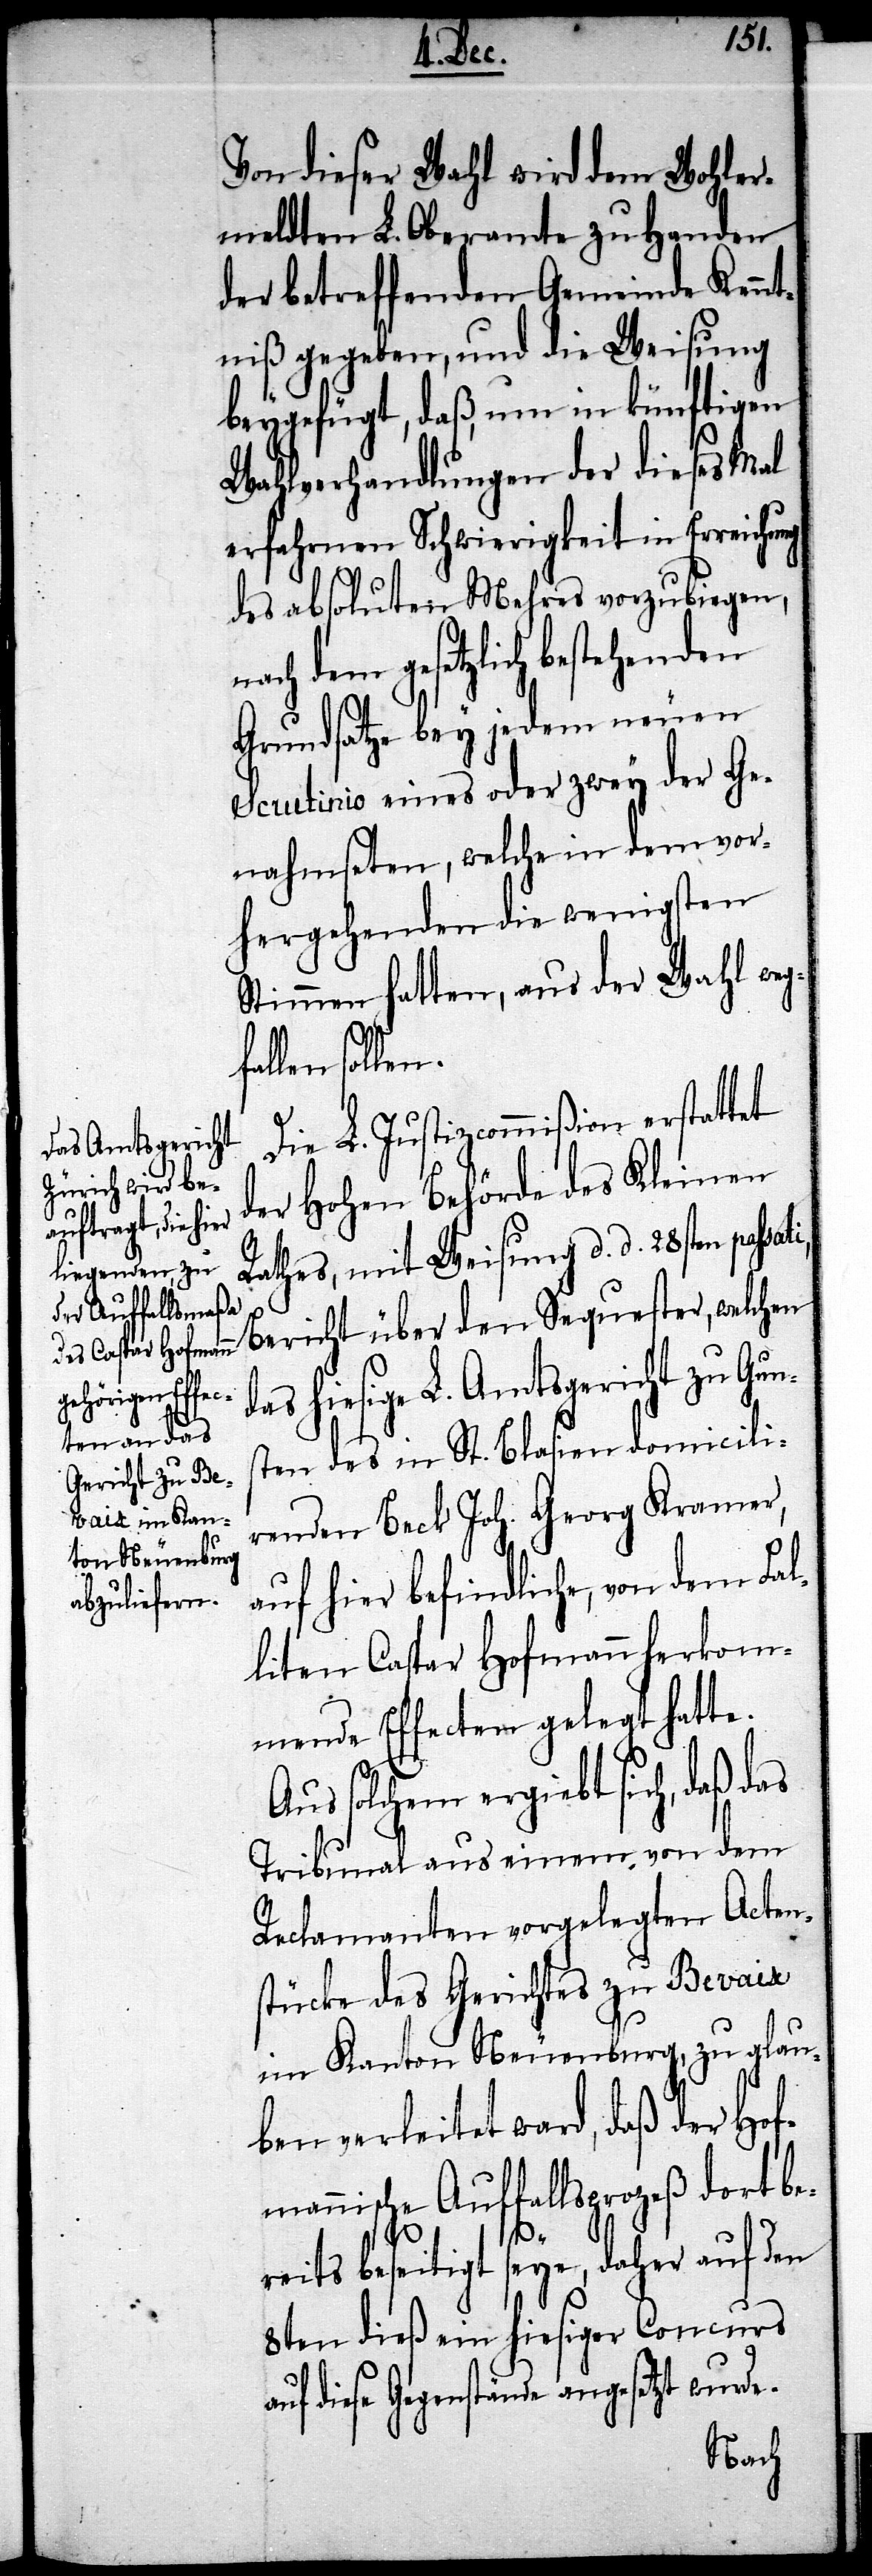
Von dieser Wahl wird dem Wohler¬
meldten L. Oberamte zu Handen
der betreffenden Gemeinde Kennt¬
niß gegeben, und die Weisung
beygefügt, daß, um in künftigen
Wahlverhandlungen der dieses Mal
erfahrenen Schwierigkeit in Erreichung
des absoluten Mehres vorzubiegen,
dem gesetzlich bestehenden
Grundsatze bey jedem neuen
Scrutinio eines oder zwey der Ge¬
nahmseten, welche in dem vor¬
hergehenden die wenigsten
Stimmen hatten, aus der Wahl weg¬
llen sollen.
Die L. Justizcommißion erstattet
der Hohen Behörde des Kleinen
Rathes, mit Weisung d. d. 28sten pas¬
Bericht über den Sequester, welchen
hiesige L. Amtsgericht zu Gun¬
sten des in St. Blasien domicili¬
renden Beck Joh. Georg Kramer,
auf hier befindliche, von dem Fal¬
liten Caspar Hofmann herkom¬
menden Effecten gelegt hatte.
Aus solchem ergiebt sich, daß das
Tribunal aus einem von dem
Reclamanten vorgelegten Acten¬
stücke des Gerichtes zu Bevaix
im Kanton Neuenburg, zu glau¬
ben verleitet wird, daß der Hof¬
mannische Auffallsprozeß dort be¬
sati,
reits beseitigt seye, daher auf den
8ten dieß ein hiesiger Concurs
diese Gegenstände angesetzt wurde.